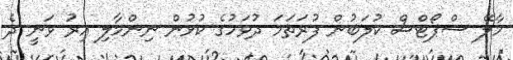
މާލޭ ސްޕޯޓްސް ކުލަބުން ފުރަތަމަ ދުވަހުގެ ކުޅުން ނިންމާލި އިރު ވަނީ ދެ